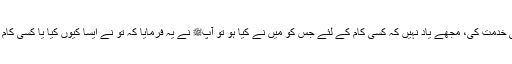
سیدنا انسؓ نے کہا کہ اللہ کی قسم میں نے نوبرس تک آپﷺ کی خدمت کی، مجھے یاد نہیں کہ کسی کام کے لئے جس کو میں نے کیا ہو تو آپﷺ نے یہ فرمایا کہ تو نے ایسا کیوں کیا یا کسی کام کو میں نے نہ کیا ہو اور آپﷺ نے فرمایا ہو کہ کیوں نہیں کیا۔